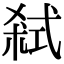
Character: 弒